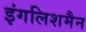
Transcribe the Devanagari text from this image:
इंगलिशमैन